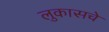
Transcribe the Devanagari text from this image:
लुकासचे